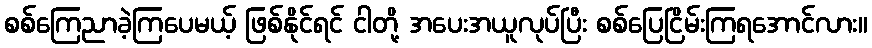
စစ်ကြေညာခဲ့ကြပေမယ့် ဖြစ်နိုင်ရင် ငါတို့ အပေးအယူလုပ်ပြီး စစ်ပြေငြိမ်းကြရအောင်လား။